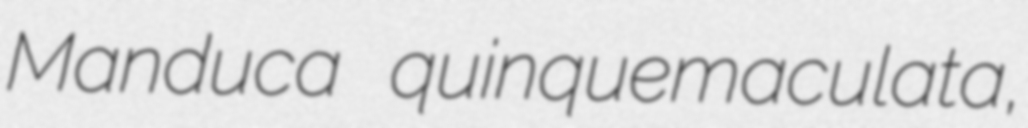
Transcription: Manduca quinquemaculata,